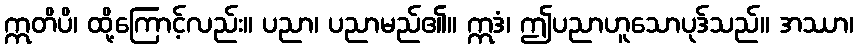
ဣတိပိ၊ ထို့ကြောင့်လည်း။ ပညာ၊ ပညာမည်၏။ ဣဒံ၊ ဤပညာဟူသောပုဒ်သည်။ အဿာ၊